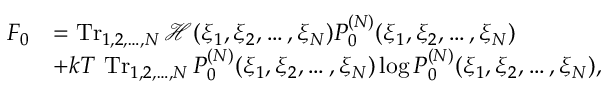
{ \begin{array} { r l } { F _ { 0 } } & { = \operatorname { T r } _ { 1 , 2 , \ldots , N } { \mathcal { H } } ( \xi _ { 1 } , \xi _ { 2 } , \ldots , \xi _ { N } ) P _ { 0 } ^ { ( N ) } ( \xi _ { 1 } , \xi _ { 2 } , \ldots , \xi _ { N } ) } \\ & { + k T \, \operatorname { T r } _ { 1 , 2 , \ldots , N } P _ { 0 } ^ { ( N ) } ( \xi _ { 1 } , \xi _ { 2 } , \ldots , \xi _ { N } ) \log P _ { 0 } ^ { ( N ) } ( \xi _ { 1 } , \xi _ { 2 } , \ldots , \xi _ { N } ) , } \end{array} }